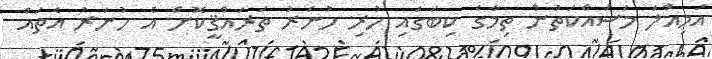
އަމިއްލަ މަސައްކަތުން ތިމާގެ ކިބަގައި ހުރި ހުނަރު ތަރައްޤީކޮށް އެ ހުނަރު އެތައް